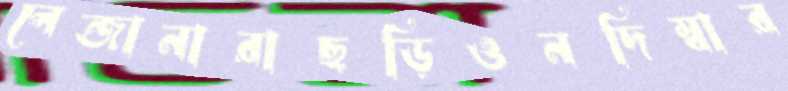
লেন্জানারাছড়িওনদিম্বার